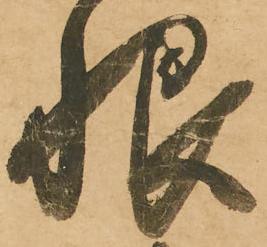
恨